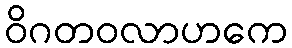
ဝိဂတဝလာဟကေ